Civil Veterinary Dept. Bombay admin report 1907-1913 - 1907-1913
Year: 1907
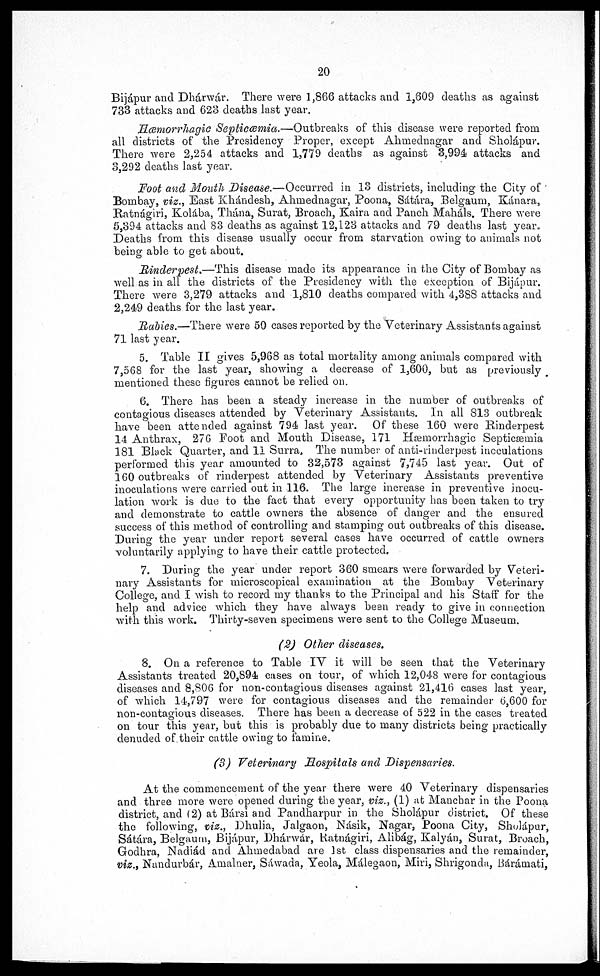
20
Bijápur and Dhárwár. There were 1,866 attacks and 1,609 deaths as against
733 attacks and 623 deaths last year.
Hæmorrhagic Septicæmia.—Outbreaks
of this disease were reported from
all districts of the Presidency Proper, except Ahmednagar and Sholápur.
There were 2,254 attacks and 1,779 deaths as against 3,994 attacks and
3,292 deaths last year.
Foot and Mouth Disease.—Occurred
in 13 districts, including the City of
Bombay, viz., East Khándesh, Ahmednagar, Poona, Sátára, Belgaum, Kánara,
Ratnágiri, Kolába, Thána, Surat, Broach, Kaira and Panch Maháls. There were
5,394 attacks and 83 deaths as against 12,123 attacks and 79 deaths last year.
Deaths from this disease usually occur from starvation owing to animals not
being able to get about.
Rinderpest.—This disease made its appearance in the City of Bombay as
well as in all the districts of the Presidency with the exception of Bijápur.
There were 3,279 attacks and 1,810 deaths compared with 4,388 attacks and
2,249 deaths for the last year.
Rabies.—There were 50 cases reported by the Veterinary Assistants against
71 last year.
5. Table II gives 5,968 as total mortality among animals compared with
7,568 for the last year, showing a decrease of 1,600, but as previously
mentioned these figures cannot be relied on.
6. There has been a steady increase in the number of outbreaks of
contagious diseases attended by Veterinary Assistants. In all 813 outbreak
have been attended against 794 last year. Of these 160 were Rinderpest
14 Anthrax, 276 Foot and Mouth Disease, 171 Hæmorrhagic Septicæmia
181 Black Quarter, and 11 Surra. The number of anti-rinderpest inoculations
performed this year amounted to 32,573 against 7,745 last year. Out of
160 outbreaks of rinderpest attended by Veterinary Assistants preventive
inoculations were carried out in 116. The large increase in preventive inocu-
lation work is due to the fact that every opportunity has been taken to try
and demonstrate to cattle owners the absence of danger and the ensured
success of this method of controlling and stamping out outbreaks of this disease.
During the year under report several cases have occurred of cattle owners
voluntarily applying to have their cattle protected.
7. During the year under report 360 smears were forwarded by Veteri-
nary Assistants for microscopical examination at the Bombay Veterinary
College, and I wish to record my thanks to the Principal and his Staff for the
help and advice which they have always been ready to give in connection
with this work. Thirty-seven specimens were sent to the College Museum.
(2) Other diseases.
8. On a reference to Table IV it will be seen that the Veterinary
Assistants treated 20,894 cases on tour, of which 12,048 were for contagious
diseases and 8,806 for non-contagious diseases against 21,416 cases last year,
of which 14,797 were for contagious diseases and the remainder 6,600 for
non-contagious diseases. There has been a decrease of 522 in the cases treated
on tour this year, but this is probably due to many districts being practically
denuded of their cattle owing to famine.
(3) Veterinary Hospitals and Dispensaries.
At the commencement of the year there were 40 Veterinary dispensaries
and three more were opened during the year, viz., (1) at Mancbar in the Poona
district, and (2) at Bársi and Pandharpur in the Sholápur district. Of these
the following, viz., Dhulia, Jalgaon, Nasik, Nagar, Poona City, Sholápur,
Sátára, Belgaum, Bijápur, Dhárwár, Ratnágiri, Alibág, Kalyán, Surat, Broach,
Godhra, Nadiád and Ahmedabad are 1st class dispensaries and the remainder,
viz., Nandurbár, Amalner, Sáwada, Yeola, Málegaon, Miri, Shrigonda, Bárámati,